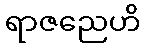
ရာဇညေဟိ